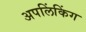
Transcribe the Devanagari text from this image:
अपलिंकिंग